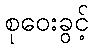
စုဝေးခွင့်